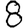
Digit: 8